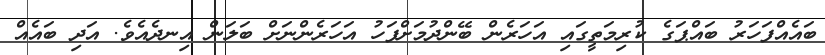
ބައެއްފަހަރު ބައްޕަގެ ކުރިމަތީގައި އަހަރެން ބޭންދުމަށްފަހު އަހަރެންނަށް ބަލަން އިނދެއެވެ. އަދި ބައެއް